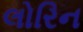
લોરિન